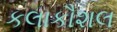
કલાકૌશલ